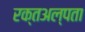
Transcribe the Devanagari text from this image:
रक्तअल्पता